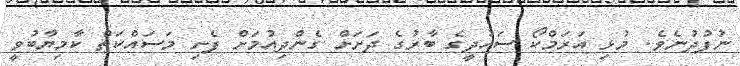
ނުފުދުނެވެ. މުޅި އަރަމްކޯ ސައުދީގެ ބާރުގެ ދަށަށް ގެންދިއުމަށް ފެށި މަސައްކަތް ކާމިޔާބުވީ